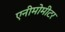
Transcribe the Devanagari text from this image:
एनीमोमीटर